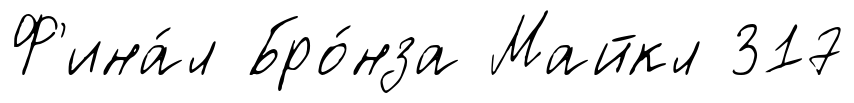
Ф'ина́л Бро́нза Майкл 317